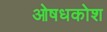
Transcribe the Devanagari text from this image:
ओषधकोश